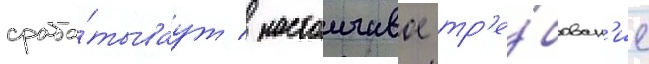
сраба́тываут / настоичивое тр'е́бован'ие